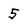
Character: 5